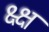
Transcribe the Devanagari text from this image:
क्ष्क्ष